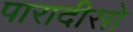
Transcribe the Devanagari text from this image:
पारादीसो